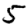
Digit: 5